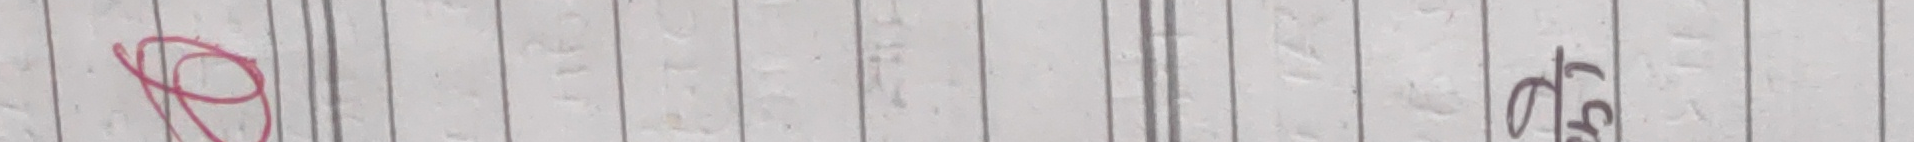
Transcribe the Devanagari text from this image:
ठग